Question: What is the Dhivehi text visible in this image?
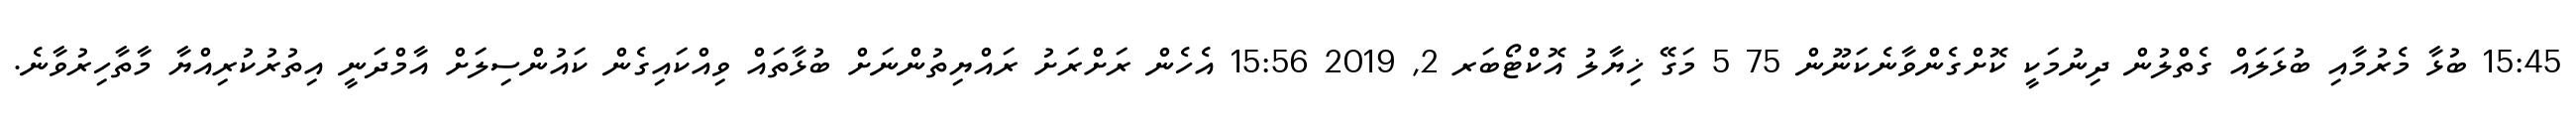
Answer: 15:45 ބުޅާ މެރުމާއި ބުޅަލައް ގެތްލުން ދިނުމަކީ ކޮށްގެންވާނެކަނޫން 75 5 މަގޭ ޚިޔާލު އޮކްޓޯބަރ 2, 2019 15:56 އެހެން ރަށްރަށު ރައްޔިތުންނަށް ބުޅާތައް ވިއްކައިގެން ކައުންސިލަށް އާމްދަނީ އިތުރުކުރިއްޔާ މާތާހިރުވާނެ.